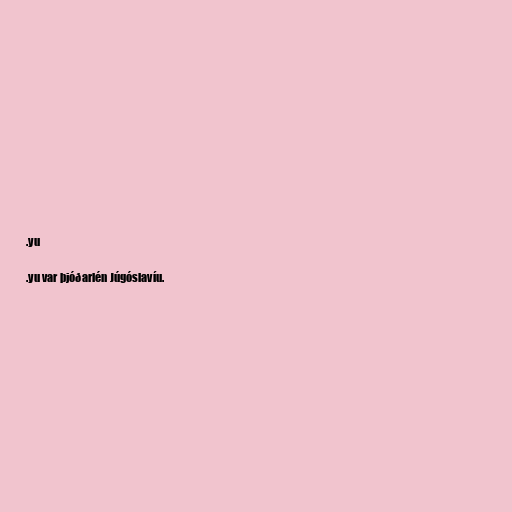
.yu

.yu var þjóðarlén Júgóslavíu.